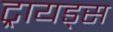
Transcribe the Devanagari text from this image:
ट्रायड्स